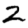
Digit: 2